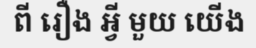
ពី រឿង អ្វី មួយ យើង